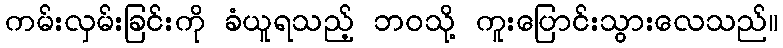
ကမ်းလှမ်းခြင်းကို ခံယူရသည့် ဘဝသို့ ကူးပြောင်းသွားလေသည်။